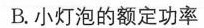
B.小灯泡的额定功率